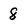
Character: 8